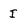
Character: I